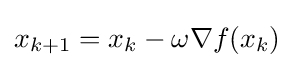
x_{k+1}=x_{k}-\omega \nabla f(x_{k})